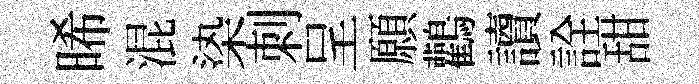
晞混𣑱刺呈願鸛讀詮甜